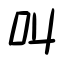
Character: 叫